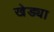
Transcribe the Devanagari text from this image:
खेड्या